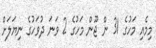
މިމެއި މަހުގެ 31 ން ޖޫން މަހުގެ 2 ވަނަ ދުވަހުގެ ނިޔަލަށް